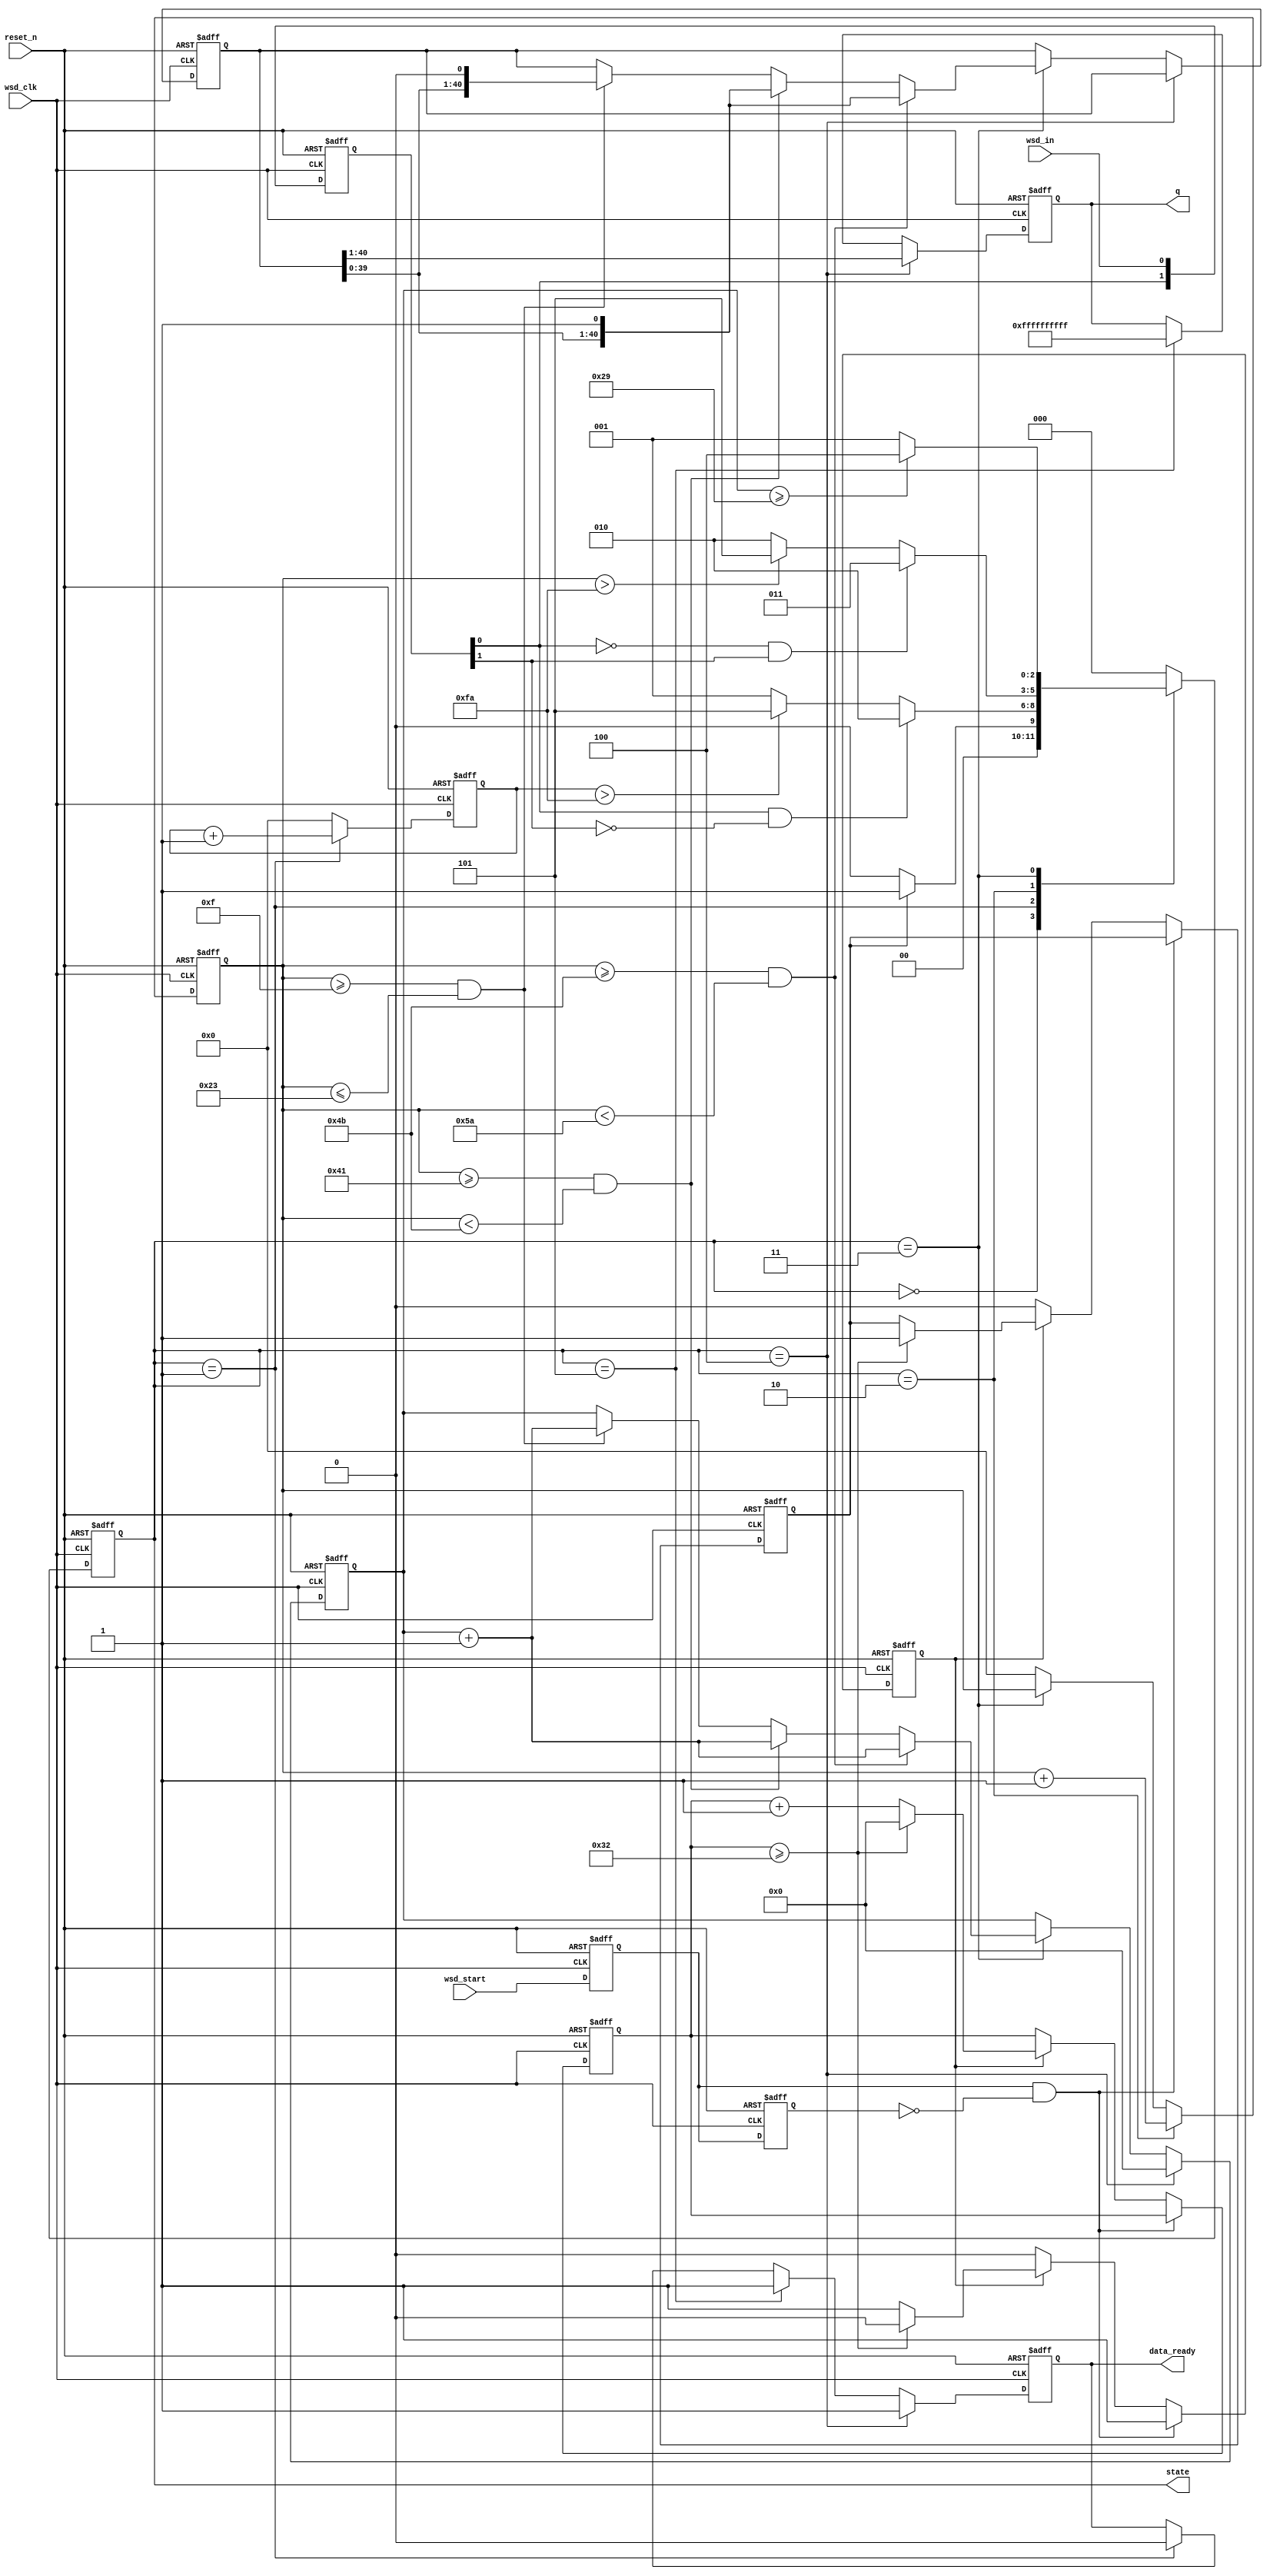
module wsd
(
	wsd_start, wsd_clk, reset_n, wsd_in, q, data_ready, state
);

input wsd_start;
input wsd_clk;				//current clock is 1MHz(1us)
input reset_n;
input wsd_in;
output [39:0] q;			//16 bit humidity, 16 bit temperature, and 8 bit verify.
output data_ready;
output [2:0] state;


//----------------------------------------------------------------------------------------------
//	Catch wsd_start HIGH edge
//----------------------------------------------------------------------------------------------
reg wsd_sample0, wsd_sample1;
wire wsd_sample_high_edge;

always @(posedge wsd_clk or negedge reset_n)
begin
	if(!reset_n) begin
		wsd_sample0 <= 1'b0;
		wsd_sample1 <= 1'b0;
	end
	else begin
		wsd_sample0 <= wsd_start;
		wsd_sample1 <= wsd_sample0;
	end
end

assign wsd_sample_high_edge = wsd_sample0 && !wsd_sample1;

//----------------------------------------------------------------------------------------------
//	When catch wsd_sample_high_edge, delay 50us, and then start sampling.
//----------------------------------------------------------------------------------------------
`define DELAY_SUM		50
reg [5:0] delay_counter;
reg delay;
reg start_sample;

always @(posedge wsd_clk or negedge reset_n)
begin
	if(!reset_n) begin
		delay_counter <= 6'b0;
		delay         <= 1'b0;
		start_sample  <= 1'b0;
	end
	else begin
		if(wsd_sample_high_edge) begin
			delay <= 1'b1;
		end
		else if(delay) begin
			if(delay_counter >= `DELAY_SUM) begin
				delay <= 1'b0;
				delay_counter <= 6'b0;
				start_sample <= 1'b1;
			end
			else begin
				delay_counter <= delay_counter + 6'b1;
			end
		end
		else if(start_sample)
			start_sample <= 1'b0;
	end
end


//----------------------------------------------------------------------------------------------
//	Catch wsd_in's edge
//----------------------------------------------------------------------------------------------
reg [1:0] wsd;
wire wsd_posedge;
wire wsd_negedge;

always @(posedge wsd_clk or negedge reset_n)
begin
	if(!reset_n) begin
		wsd[0] <= 1'b0;
		wsd[1] <= 1'b0;
	end
	else begin
		wsd[0] <= wsd_in;
		wsd[1] <= wsd[0];
	end
end

assign wsd_posedge =  wsd[0] && !wsd[1];
assign wsd_negedge = !wsd[0] &&  wsd[1];

//----------------------------------------------------------------------------------------------
//	WSD state machine
//----------------------------------------------------------------------------------------------
`define DATA_SUM		41
`define TIME_OUT		250
reg [2:0] curr_state;
reg [2:0] next_state;
parameter [2:0] WSD_IDLE = 3'b0, WSD_ST1 = 3'b1, WSD_ST2 = 3'b010, 
                WSD_END = 3'b011, WSD_DATA = 3'b100, WSD_ERR = 3'b101;

always @(posedge wsd_clk or negedge reset_n)
begin
	if(!reset_n) curr_state <= WSD_IDLE;
	else         curr_state <= next_state;			
end

always @(*)
begin
	case(curr_state)
	
		WSD_IDLE:begin
			if(start_sample)  next_state = WSD_ST1;
			else           	  next_state = WSD_IDLE;
		end
		
		WSD_ST1:begin
			if(wsd_posedge)                          next_state = WSD_ST2;
			else if(wsd_start_time_out > `TIME_OUT)  next_state = WSD_ERR;
			else                                     next_state = WSD_ST1;
		end
		
		WSD_ST2:begin
			if(wsd_negedge)                    next_state = WSD_END;
			else if(wsd_counter > `TIME_OUT)   next_state = WSD_ERR;			
			else                               next_state = WSD_ST2;
		end
		
		WSD_END:begin
			if(data_counter >= `DATA_SUM)  next_state = WSD_DATA;
			else                           next_state = WSD_ST1;
		end
		
		WSD_DATA:			              next_state = WSD_IDLE;		
		WSD_ERR:		                      next_state = WSD_IDLE; 
		default:			              next_state = WSD_IDLE;		
	endcase
end

//----------------------------------------------------------------------------------------------
//	counter
//----------------------------------------------------------------------------------------------
reg [7:0] wsd_counter;

always @(posedge wsd_clk or negedge reset_n)
begin
	if(!reset_n) 
		wsd_counter <= 8'b0;
	else begin 
		if(curr_state == WSD_ST2) 
			wsd_counter <= wsd_counter + 8'b1;
		else if(curr_state == WSD_END)
			wsd_counter <= wsd_counter;
		else
			wsd_counter <= 8'b0;
	end
end

//----------------------------------------------------------------------------------------------
//	counter if time out
//----------------------------------------------------------------------------------------------
reg [7:0] wsd_start_time_out;

always @(posedge wsd_clk or negedge reset_n)
begin
	if(!reset_n) 
		wsd_start_time_out <= 8'b0;
	else if(curr_state == WSD_ST1) 
		wsd_start_time_out <= wsd_start_time_out + 8'b1;		
	else
		wsd_start_time_out <= 8'b0;	
end

//----------------------------------------------------------------------------------------------
reg [`DATA_SUM - 1:0] data_shift;
reg [5:0] data_counter;

always @(posedge wsd_clk or negedge reset_n)
begin
	if(!reset_n) begin
		data_shift   <= `DATA_SUM'b0;
		data_counter <= 6'b0;		
	end
	else if(curr_state == WSD_DATA) begin
		data_counter <= 6'b0;		
	end
	else if(curr_state == WSD_END) begin
		if((wsd_counter >= 75) && (wsd_counter < 90)) begin	//data start: 80us			
			data_shift <= {data_shift[39:0], 1'b1};
			data_counter <= data_counter + 6'b1;
		end
		else if((wsd_counter >= 65) && (wsd_counter < 75)) begin	//data 1: 70us
			data_shift <= {data_shift[39:0], 1'b1};
			data_counter <= data_counter + 6'b1;
		end
		else if((wsd_counter >= 15) && (wsd_counter <= 35)) begin	//data 0: 26~28us
			data_shift <= {data_shift[39:0], 1'b0};
			data_counter <= data_counter + 6'b1;
		end
	end	
end

//----------------------------------------------------------------------------------------------
reg [39:0] data_out_reg;
reg data_ready_reg;

always @(posedge wsd_clk or negedge reset_n)
begin
	if(!reset_n)
		data_out_reg <= 40'b0;			
	else if(curr_state == WSD_DATA)
		data_out_reg <= data_shift[40:1];
	else if(curr_state == WSD_ERR)
		data_out_reg <= {40{1'b1}};
end

//always @(posedge wsd_clk or negedge reset_n)
//begin
//	if(!reset_n)
//		data_ready_reg <= 1'b0;			
//	else if(curr_state == WSD_DATA)
//		data_ready_reg <= 1'b1;
//	else if(curr_state == WSD_ERR)
//		data_ready_reg <= 1'b1;
//	else
//		data_ready_reg <= 1'b0;
//end

always @(posedge wsd_clk or negedge reset_n)
begin
	if(!reset_n)
		data_ready_reg <= 1'b0;			
	else if(curr_state == WSD_DATA)
		data_ready_reg <= 1'b1;
	else if(curr_state == WSD_ERR)
		data_ready_reg <= 1'b1;
	else if(curr_state == WSD_ST1)
		data_ready_reg <= 1'b0;
end

assign q          = data_out_reg;
assign data_ready = data_ready_reg;
assign state      = curr_state;

endmodule